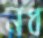
নধ